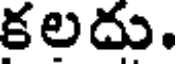
కలదు.